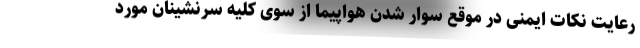
رعایت نکات ایمنی در موقع سوار شدن هواپیما از سوی کلیه سرنشینان مورد